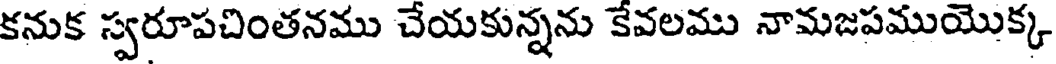
కనుక స్వరూపచింతనము చేయకున్నను కేవలము నామజపముయొక్క